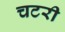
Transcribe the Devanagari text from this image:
चटरी